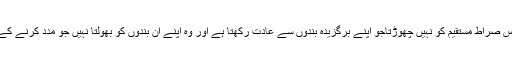
میرا ربّ اس صراط مستقیم کو نہیں چھوڑتاجو اپنے برگزیدہ بندوں سے عادت رکھتا ہے اور وہ اپنے ان بندوں کو بھولتا نہیں جو مدد کرنے کے لائق ہیں۔